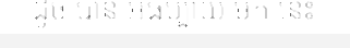
ដូច បាន អធិប្បាយ មក នេះ